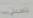
تناسبني